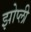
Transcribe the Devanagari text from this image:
झोप्ली